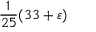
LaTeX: { \frac { 1 } { 2 5 } } ( 3 3 + \varepsilon )